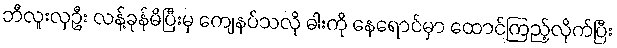
ဘီလူးလှဦး လန့်ခုန်မိပြီးမှ ကျေနပ်သလို ဓါးကို နေရောင်မှာ ထောင်ကြည့်လိုက်ပြီး